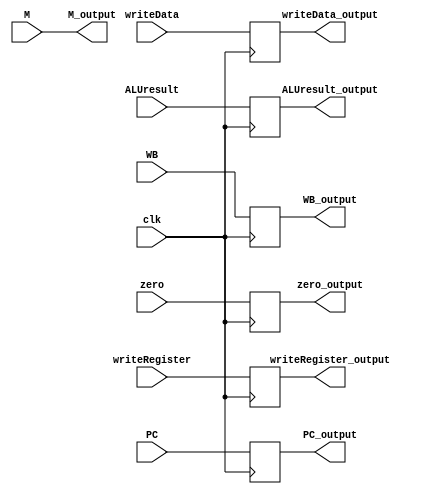
module EX_MEM (
    WB_output,
    M_output,
    PC_output,
    zero_output,
    ALUresult_output,
    writeData_output,
    writeRegister_output,
    WB,
    M,
    PC,
    zero,
    writeData,
    ALUresult,
    writeRegister,
    clk
);
input [1:0] WB; 
input [2:0] M;
input [31:0] PC;
input [31:0] ALUresult,writeData;
input zero;
input [4:0] writeRegister;
input clk;

output reg [1:0] WB_output;
output reg [31:0] ALUresult_output,writeData_output;
output reg zero_output;
output reg [31:0] PC_output;
output reg [4:0] writeRegister_output;
output reg [2:0] M_output;

initial M_output = 3'b000;

always @(posedge clk)
begin
WB_output <= WB;
ALUresult_output <= ALUresult;
writeData_output <= writeData;
PC_output <= PC;
zero_output <=zero;
writeRegister_output <= writeRegister;

$display("%t EX/MEM: %b", $time, {WB_output,M_output,PC_output,zero_output,ALUresult_output,
        writeData_output,writeRegister_output});

end

always@(M) begin
    M_output <= M;
end

endmodule

// module EX_MEM_Test;
// reg [1:0] WB; 
// reg [2:0] M;
// reg [31:0]PC;
// reg [31:0]ALUresult,writeData;
// reg zero;
// reg [4:0]writeRegister;
// reg clk;

// wire [1:0] WB_output;
// wire [31:0]ALUresult_output,writeData_output;
// wire zero_output;
// wire [31:0] PC_output;
// wire [4:0] writeRegister_output;
// wire [2:0] M_output;

// EX_MEM testing (WB_output,M_output, PC_output ,zero_output, ALUresult_output,writeData_output,writeRegister_output,WB,M,PC,zero,writeData,ALUresult,writeRegister,clk);
// initial begin
//   WB = 2'b01;
//   M =3'b001;
//   PC=32'b00000000000000000000000000000000;
//   ALUresult = 32'b00000000000000000000000000000011;
//   writeData = 32'b00000000000000000000000000011111;
//   zero = 1'b0;
//   writeRegister= 5'b11111;
//   clk= 1'b1;
// end
//     always@(WB_output) begin
//         $display("%s %d","WB output", WB_output);
//     end
//         always@(ALUresult_output) begin
//         $display("%s %d","ALUresult output", ALUresult_output);
//          end

//         always@(writeData_output) begin
//         $display("%s %d","writeData output",writeData_output);
//          end


//             always@(zero_output) begin
//         $display("%s %d","zero output",zero_output);
//          end
//         always@(PC_output) begin
//         $display("%s %d","PC output",PC_output);
//          end
//                  always@(writeRegister_output) begin
//         $display("%s %d","writeRegister output",writeRegister_output);
//          end
//         always@(M_output) begin
//         $display("%s %b","M output",M_output);
//          end
         
    


// endmodule